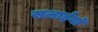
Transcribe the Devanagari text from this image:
सलाईयों